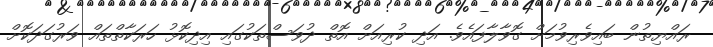
ރައްޔިތުން ބައިވެރިވުމަށް ގޮވާލާފައެވެ. އަދި ކުރިއަށް އޮތް ދުވަސްތަކުގައި އިދިކޮޅު ހަރަކާތްތައް ވަރުގަދަކޮށް